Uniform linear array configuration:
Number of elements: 8
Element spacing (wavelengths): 0.5
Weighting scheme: uniform
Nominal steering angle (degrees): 15
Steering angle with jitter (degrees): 13.442
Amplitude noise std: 0.05
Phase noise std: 0.05

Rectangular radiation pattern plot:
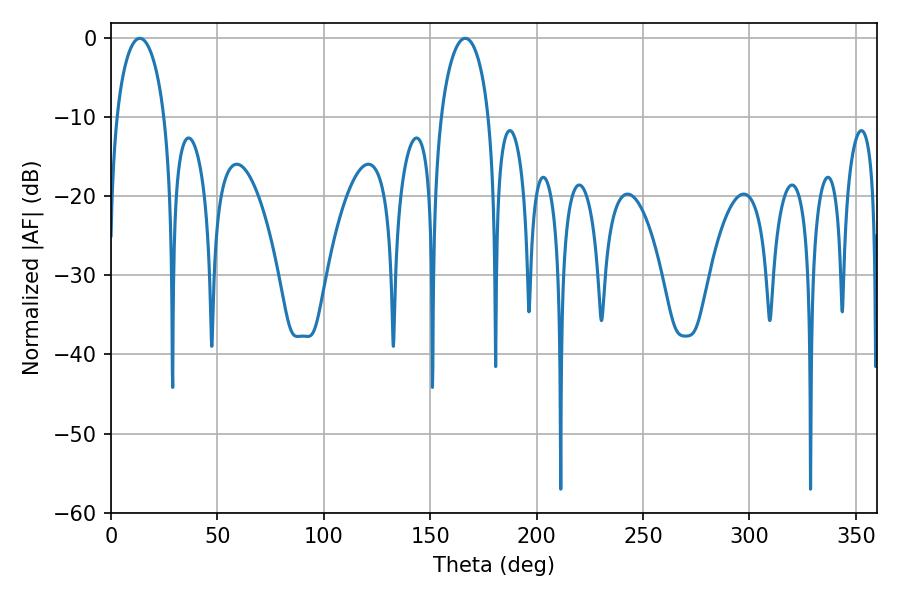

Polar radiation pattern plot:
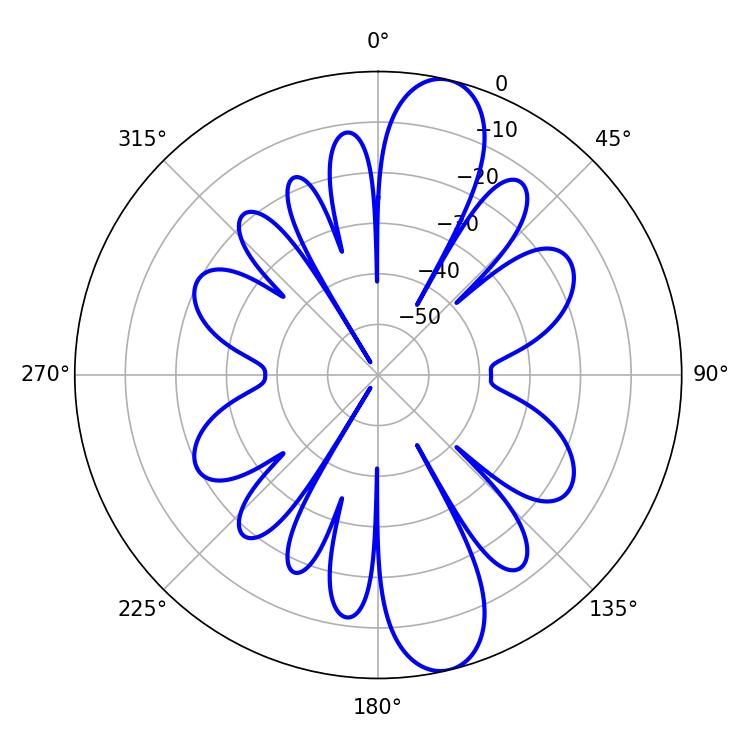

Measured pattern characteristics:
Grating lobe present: FALSE
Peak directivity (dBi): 12.2
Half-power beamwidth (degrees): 12.96
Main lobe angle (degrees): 13.5